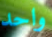
واحد